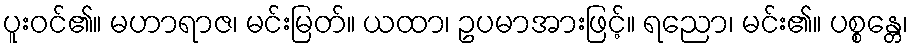
ပူးဝင်၏။ မဟာရာဇ၊ မင်းမြတ်။ ယထာ၊ ဥပမာအားဖြင့်။ ရညော၊ မင်း၏။ ပစ္စန္တေ၊